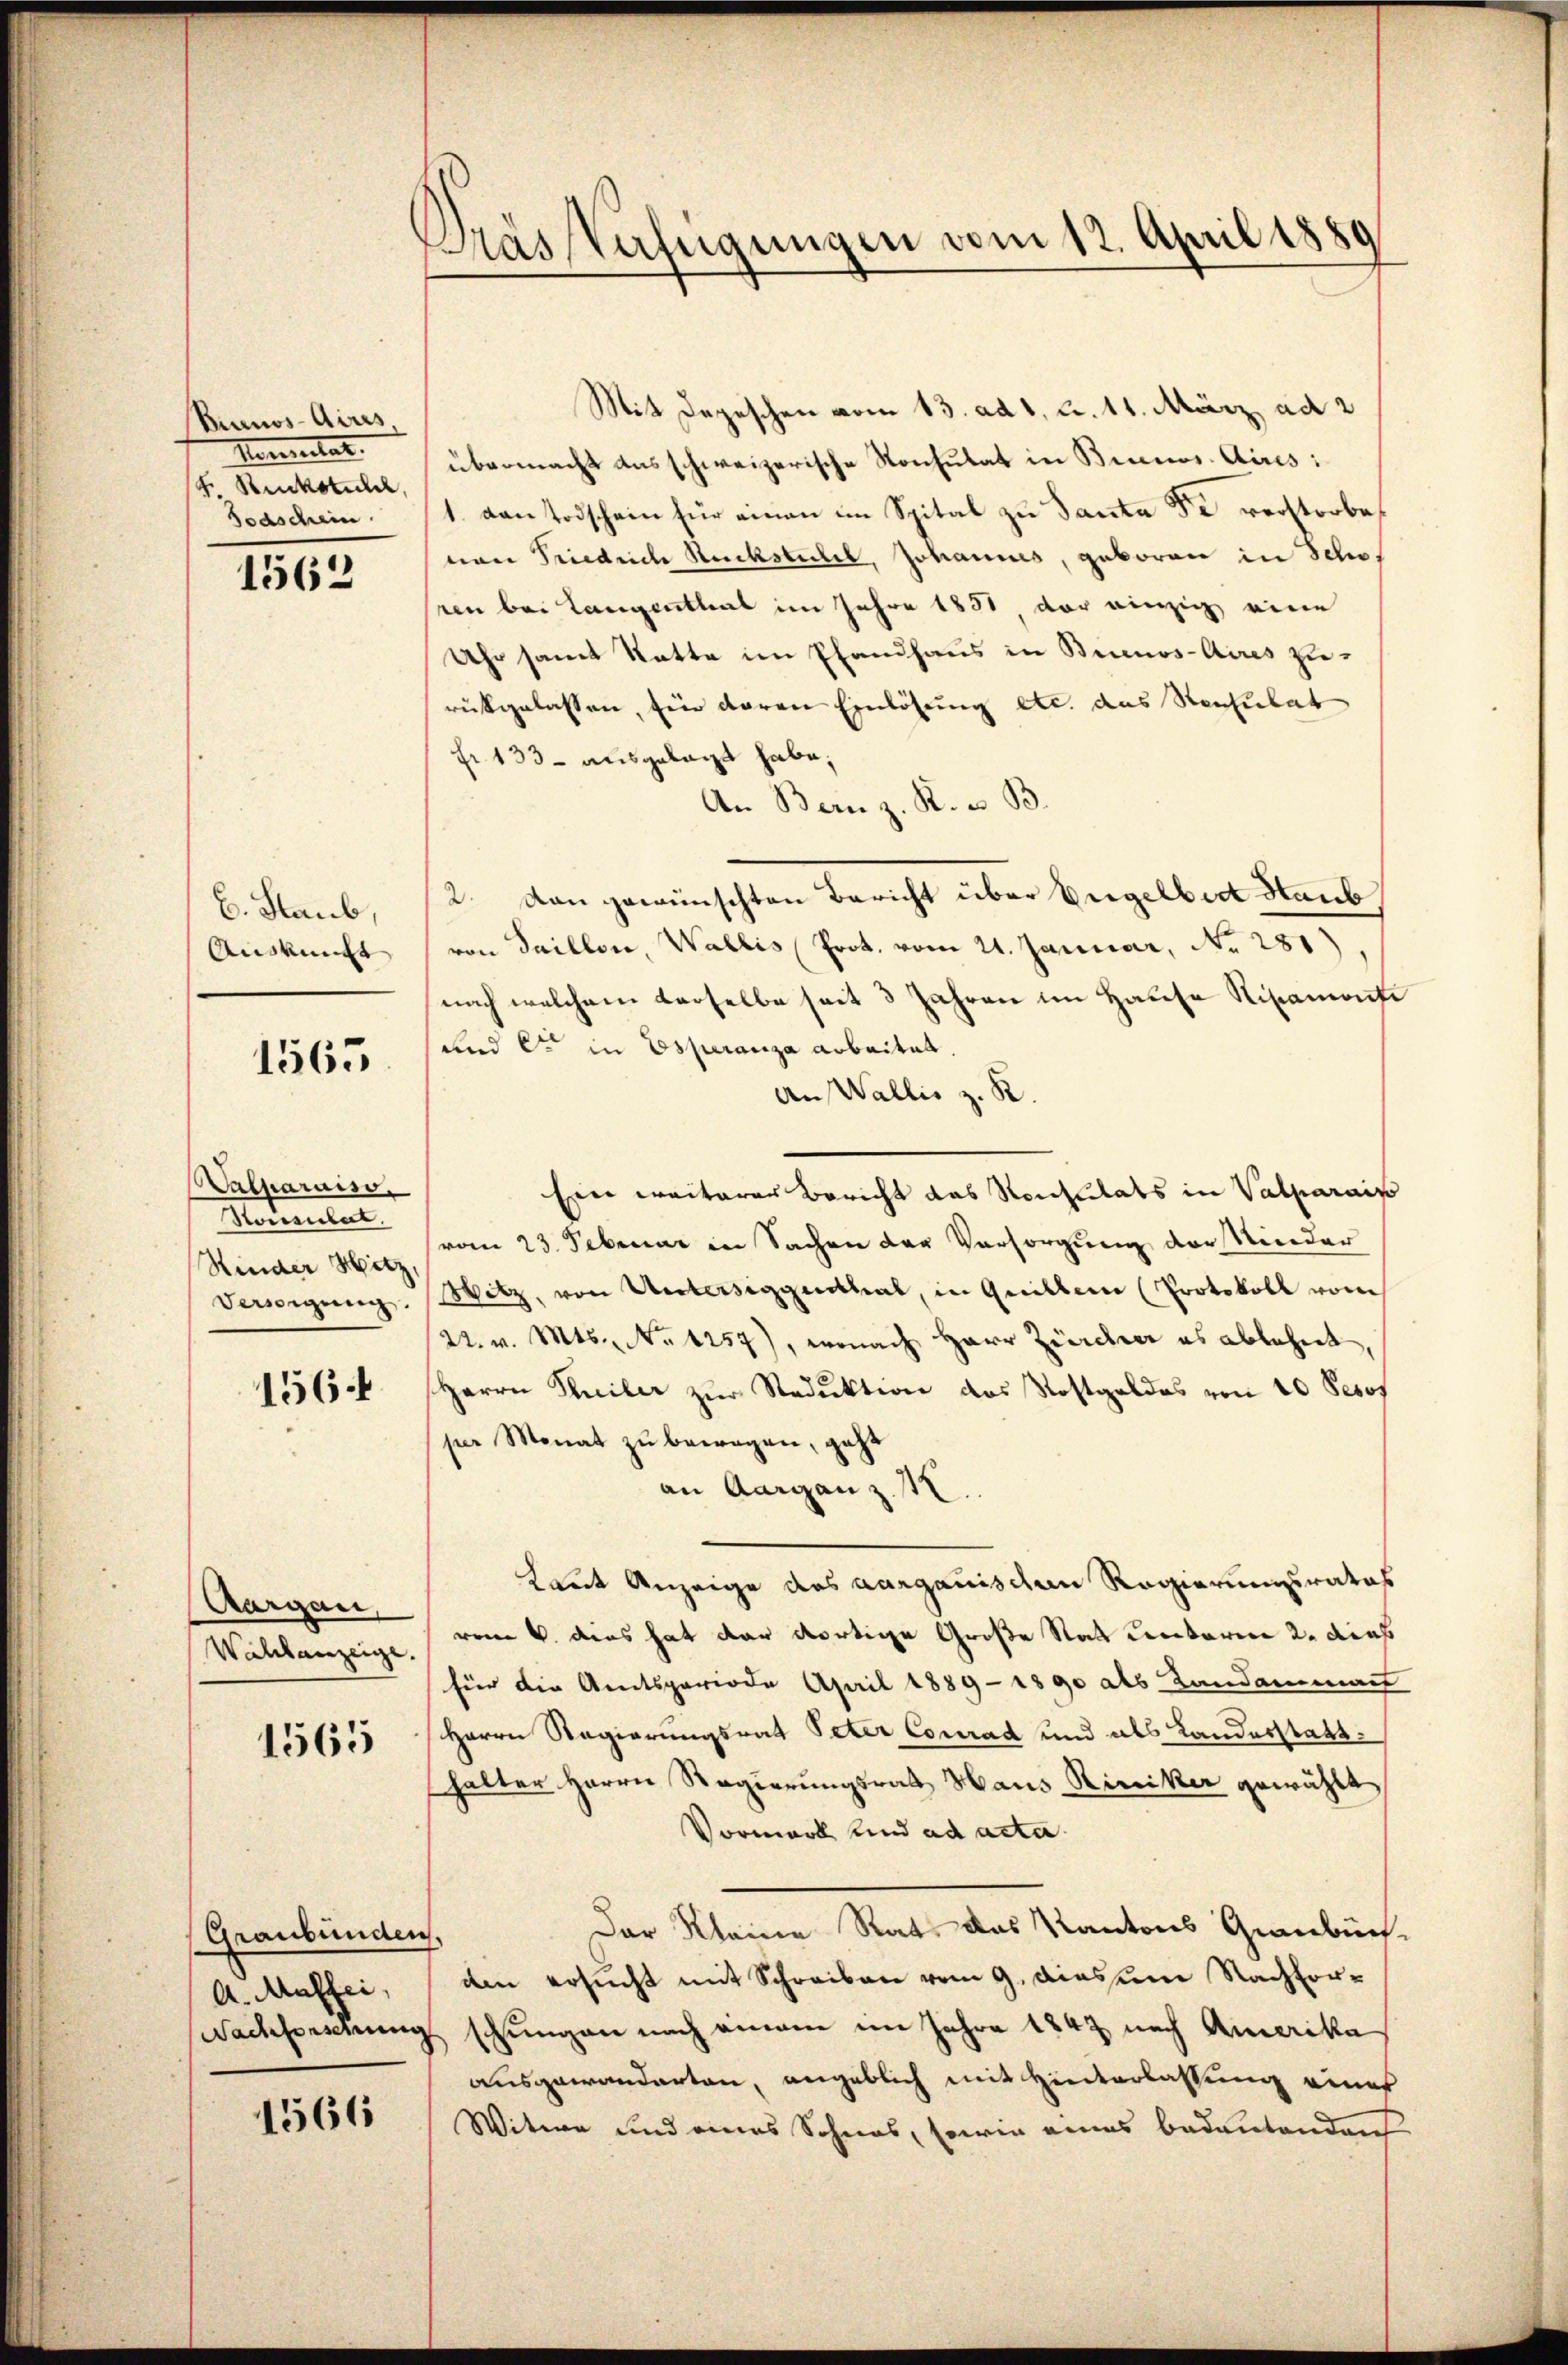
Buenos-Aires.
Kemnitat.
S. Rückstuchel,
Bodschein

1562

E. Staub,
Auskunft

1565

Valparaiso
Konsulat.
Rinder Mitz
Versigung.

1564

Aargau,
Wahlanzeige.

1565

Graubünden
A. Malhei,
Nachforschung

1566

Das Verfügungen vom 12. April 1889

Mit Depeschen vom 13. ad 1, u. 11. März, ad 2
übermacht das schweizerische Konsulat in Buccos Aires:
1. von Todschein für einen im Spital zu Santa Fr. verstorbenan Friedrich Rucksteilel, Johannes, geboren in Schw.
ren bei Langenthal im Jahre 1851 der einzig eine
Uhr samt Statte im Plandhaus in Buenos-Aires zurückgelassen, sein deren Einlösung etc. das Stenhubat
Fr. 133 - ausgelegt habe,
An Bern z. K. u. B.
2. dan gewünschten Bericht über Engelben Staub
von Saillon, Wallis Prot. vom 21. Januar, No. 281).
nach welchem derselbe seit 3 Jahren im Hause Nipamonte
und er in Esperanza arbeitet.
An Wallis z. K.
Ein weiterer Bericht das Konsulats in Valparais
vom 23. Februar in Sachen der Vorsorgung der Kinder
Witz, von Untersiggenthal, in Guillen (Protokoll vom
22. v. Mts., No 1257), wonach Herr Zürcher es ablehnt,
Herrn Theiler zur Reduktion das Kostgeldes von 10 Pesos
per Monat zu bewegen, geht
an Aargau z.
Laut Anzeige des aargauischen Regierungsrates
vom 4. dies hat dar dortige Große Rat unterm 2. dies
für die Amtsperiode April 1889 - 1890 als Landammant
Herrn Regierungsrat Peter Conrad und als Landesstatthalter Herrn Regierungsrath Haus Risiker gewählt
Vormark und ad acta
Der Kleine Rat, das Kantons Graubüch¬
.
den ersucht mit Schreiben vom 9. diesem Nachfor¬
 schungen nach einen im Jahre 1842 nach Amerika
ausgewanderten, angeblich mit Hinterlassung eines
Witwe und eines Sohnes, sowie eines bedeutenden